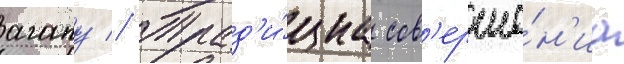
агапу // Трад'и́циа сов'ерше́н'иа